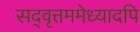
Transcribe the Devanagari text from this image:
सद्‌वृत्तममेध्यादपि